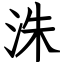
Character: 洙